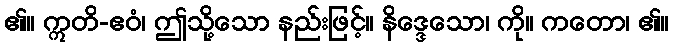
၏။ ဣတိ-ဧဝံ၊ ဤသို့သော နည်းဖြင့်။ နိဒ္ဒေသော၊ ကို။ ကတော၊ ၏။